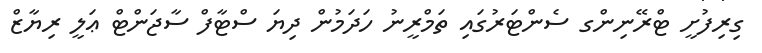
ގިރިފުށީ ޓްރޭނިންގ ސެންޓަރުގައި ތަމްރީނު ހަދަމުން ދިޔަ ސްޓާފް ސާޖަންޓް ޢަލީ ރިޔާޒް